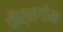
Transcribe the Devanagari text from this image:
कैर्नगोम